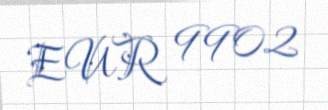
EUR 9902